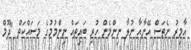
އާމިރު ނެތަސް އޭނާއާ ނުލާ ނިންމެން ހުރި ބައިތައް ނިންމުމުގެ މަސައްކަތް "ދޫމް